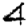
Digit: 4